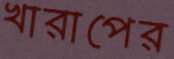
খারাপের